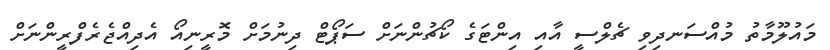
މައުލޫމާތު މުއްސަނދިވި ޗެލްސީ އާއި އިންޓަގެ ކޯޗުންނަށް ސަޕޯޓް ދިނުމަށް މޮރީނިއޯ އެދިއްޖެރެފްރީންނަށް